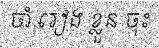
ចាំ រៀង ខ្លួន ចុះ